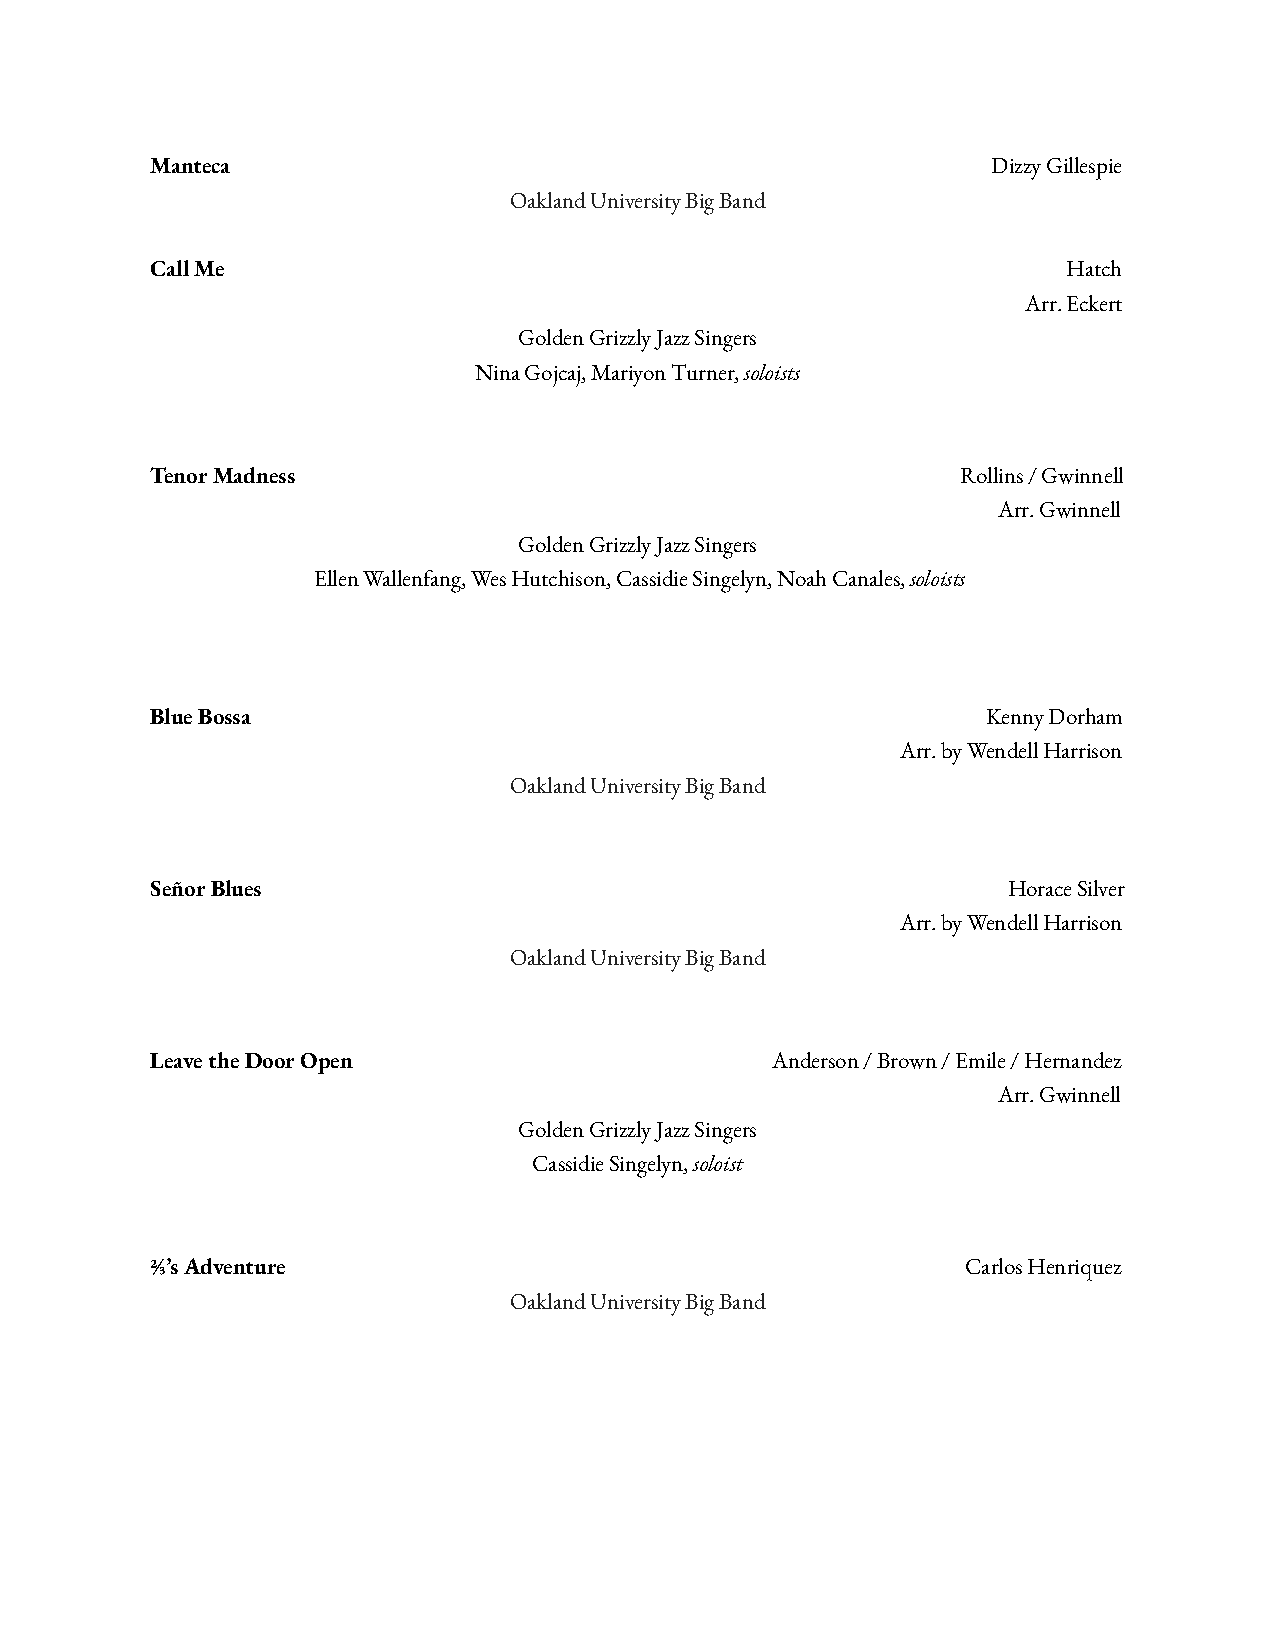
Manteca                                                 Dizzy Gillespie
 Oakland University Big Band
 Call Me                                                      Hatch
 Arr. Eckert
 Golden Grizzly Jazz Singers
 Nina Gojcaj, Mariyon Turner,soloists
 Tenor Madness                                         Rollins / Gwinnell
 Arr. Gwinnell
 Golden Grizzly Jazz Singers
 Ellen Wallenfang, Wes Hutchison, Cassidie Singelyn, Noah Canales,soloists
 Blue Bossa                                             Kenny Dorham
 Arr. by Wendell Harrison
 Oakland University Big Band
 Señor Blues                                              Horace Silver
 Arr. by Wendell Harrison
 Oakland University Big Band
 Leave the Door Open                      Anderson / Brown / Emile/ Hernandez
 Arr. Gwinnell
 Golden Grizzly Jazz Singers
 Cassidie Singelyn,soloist
 ⅔’s Adventure                                         Carlos Henriquez
 Oakland University Big Band